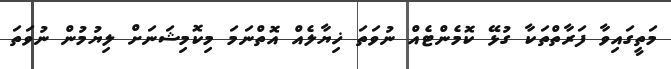
މަތީގައިވާ ފަރާތްތަކާ ގުޅޭ ކޮމެންޓެއް ނުވަތަ ޚިޔާލެއް އޮތްނަމަ މިކޮމިޝަނަށް ލިޔުމުން ނުވަތަ